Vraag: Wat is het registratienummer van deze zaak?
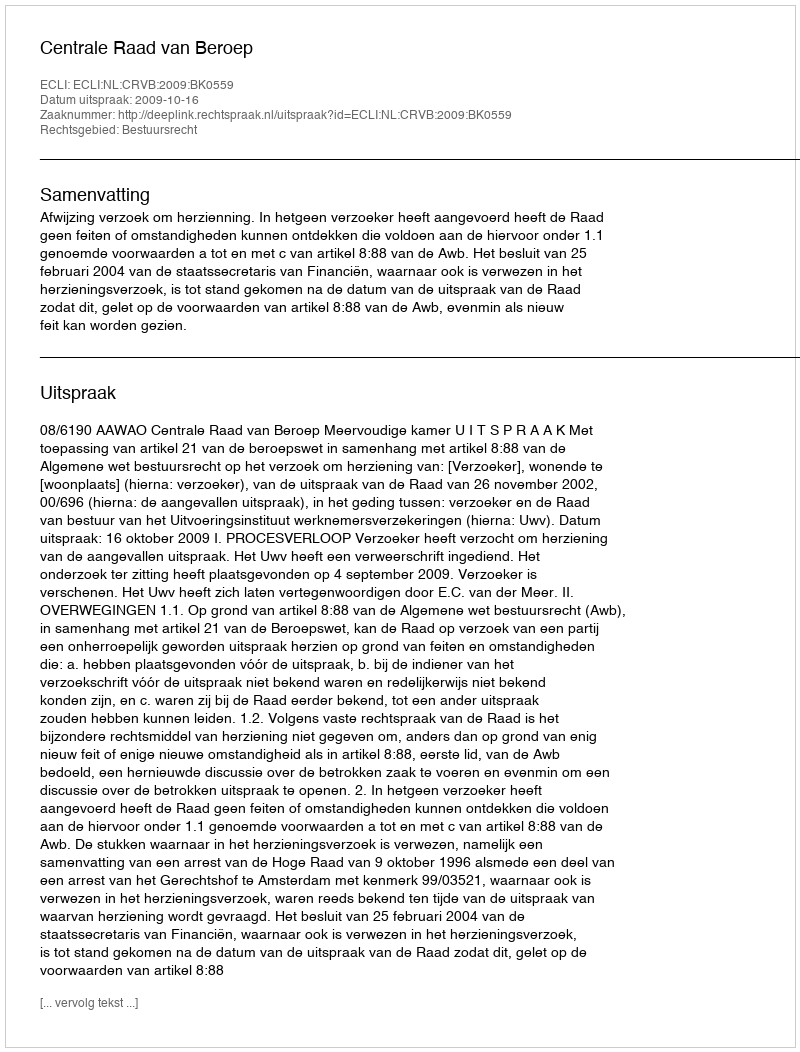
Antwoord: http://deeplink.rechtspraak.nl/uitspraak?id=ECLI:NL:CRVB:2009:BK0559